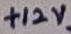
Text: +12V